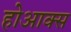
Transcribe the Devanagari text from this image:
होआक्स